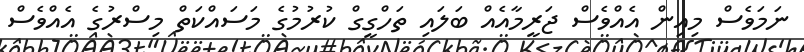
ނަމަވެސް މިއިން އެއްވެސް ޖަރީމާއެއް ބަލައި ތަހްގީގް ކުރުމުގެ މަސައްކަތް މިސްރުގެ އެއްވެސް